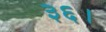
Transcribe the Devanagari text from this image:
३६।